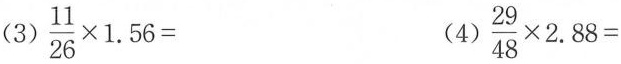
(3) $$\frac{11}{26}\times 1.56=$$ (4)$$\frac{29}{48}\times 2.88=$$